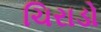
ચિરાડો